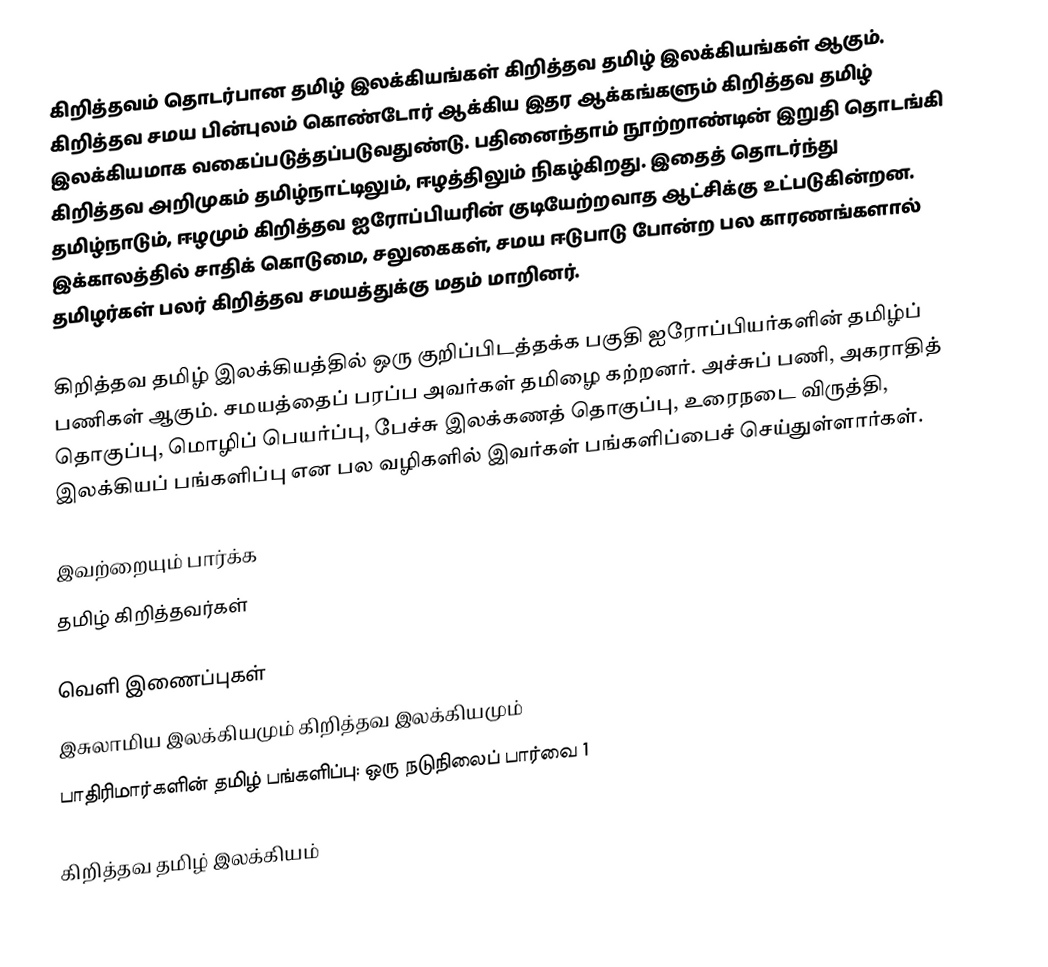
கிறித்தவம் தொடர்பான தமிழ் இலக்கியங்கள் கிறித்தவ தமிழ் இலக்கியங்கள் ஆகும்.  கிறித்தவ சமய பின்புலம் கொண்டோர் ஆக்கிய இதர ஆக்கங்களும் கிறித்தவ தமிழ் இலக்கியமாக வகைப்படுத்தப்படுவதுண்டு.  பதினைந்தாம் நூற்றாண்டின் இறுதி தொடங்கி கிறித்தவ அறிமுகம் தமிழ்நாட்டிலும், ஈழத்திலும் நிகழ்கிறது.  இதைத் தொடர்ந்து தமிழ்நாடும், ஈழமும் கிறித்தவ ஐரோப்பியரின் குடியேற்றவாத ஆட்சிக்கு உட்படுகின்றன.  இக்காலத்தில் சாதிக் கொடுமை, சலுகைகள், சமய ஈடுபாடு போன்ற பல காரணங்களால் தமிழர்கள் பலர் கிறித்தவ சமயத்துக்கு மதம் மாறினர்.

கிறித்தவ தமிழ் இலக்கியத்தில் ஒரு குறிப்பிடத்தக்க பகுதி ஐரோப்பியர்களின் தமிழ்ப் பணிகள் ஆகும்.  சமயத்தைப் பரப்ப அவர்கள் தமிழை கற்றனர்.  அச்சுப் பணி, அகராதித் தொகுப்பு, மொழிப் பெயர்ப்பு, பேச்சு இலக்கணத் தொகுப்பு, உரைநடை விருத்தி, இலக்கியப் பங்களிப்பு என பல வழிகளில் இவர்கள் பங்களிப்பைச் செய்துள்ளார்கள்.

இவற்றையும் பார்க்க
 தமிழ் கிறித்தவர்கள்

வெளி இணைப்புகள்
 இசுலாமிய இலக்கியமும் கிறித்தவ இலக்கியமும்
 பாதிரிமார்களின் தமிழ் பங்களிப்பு: ஒரு நடுநிலைப் பார்வை 1

கிறித்தவ தமிழ் இலக்கியம்